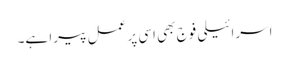
اسرائیلی فوج بھی اسی پر عمل پیرا ہے۔